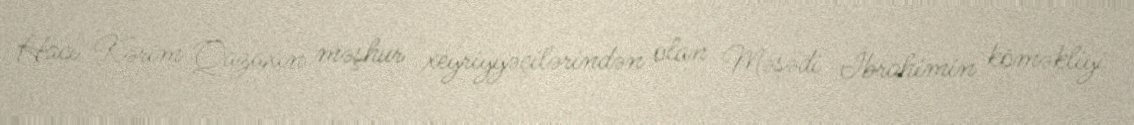
Hacı Kərim Qazaxın məşhur xeyriyyəçilərindən olan Məşədi İbrahimin köməkliyi